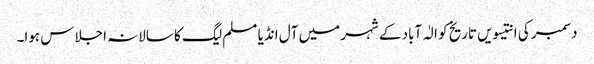
دسمبر کی انتیسویں تاریخ کو الٰہ آباد کے شہر میں آل انڈیا مسلم لیگ کا سالانہ اجلاس ہوا۔